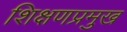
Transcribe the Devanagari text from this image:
शिक्षणप्रमुख